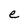
Character: e